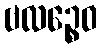
ဗလဉ္စေဝ